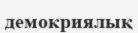
демокриялық